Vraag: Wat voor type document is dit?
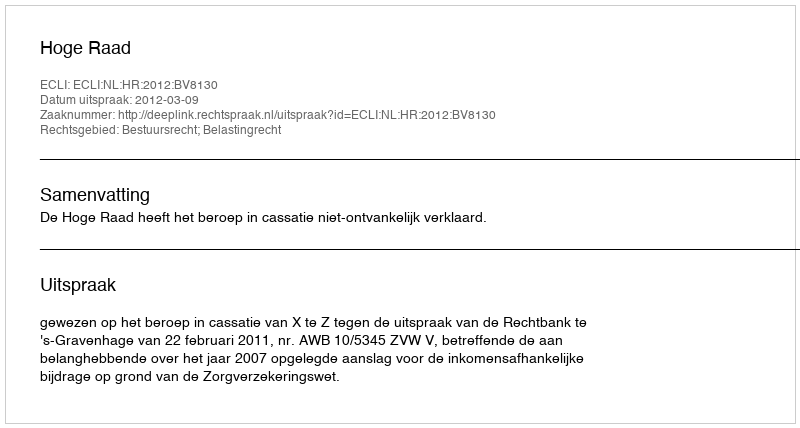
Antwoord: Uitspraak